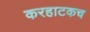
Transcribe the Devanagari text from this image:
करहाटकच